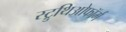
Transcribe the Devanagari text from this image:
स्ट्रुथिओफॉर्म